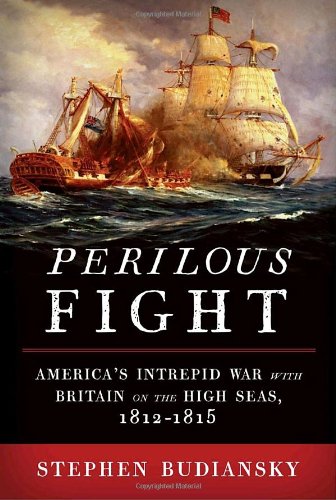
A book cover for Perilous Fight: America's Intrepid War with Britain on the High Seas, 1812-1815; Stephen Budiansky; History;